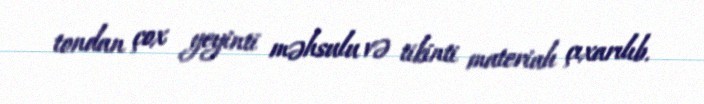
tondan çox yeyinti məhsulu və tikinti materialı çıxarılıb.